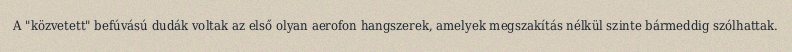
A "közvetett" befúvású dudák voltak az első olyan aerofon hangszerek, amelyek megszakítás nélkül szinte bármeddig szólhattak.